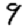
Digit: 9